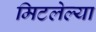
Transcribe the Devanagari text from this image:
मिटलेल्या